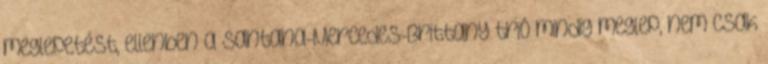
meglepetést, ellenben a Santana-Mercedes-Brittany trió mindig meglep, nem csak